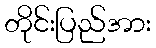
တိုင်းပြည်အား